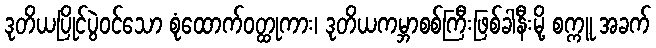
ဒုတိယပြိုင်ပွဲဝင်သော စုံထောက်ဝတ္ထုကား၊ ဒုတိယကမ္ဘာစစ်ကြီးဖြစ်ခါနီးမို့ စက္ကူ အခက်